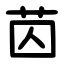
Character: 苬